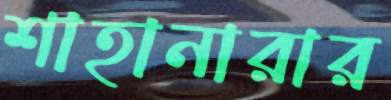
শাহানারার